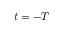
t = - T